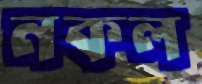
নকল